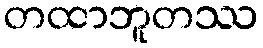
တထာဘူတဿ